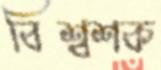
বিশ্বশক